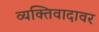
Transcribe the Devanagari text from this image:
व्यक्तिवादावर